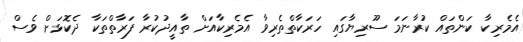
އެމެރިކާ ކަންތައް ކުރާނަމަ ސޫރިޔާގައި ހަރަކާތްތެރިވާ އެމެރިކާއަށް ތާއީދުކުރާ ފަރާތްތަކާ ދެކޮޅަށް ވެސް